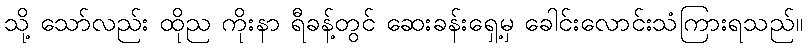
သို့ သော်လည်း ထိုည ကိုးနာ ရီခန့်တွင် ဆေးခန်းရှေ့မှ ခေါင်းလောင်းသံကြားရသည်။